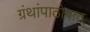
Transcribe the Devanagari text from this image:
ग्रंथांपाठोपाठ